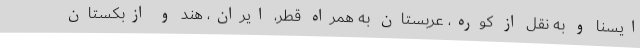
ایسنا و به نقل از کوره، عربستان به همراه قطر، ایران، هند و ازبکستان